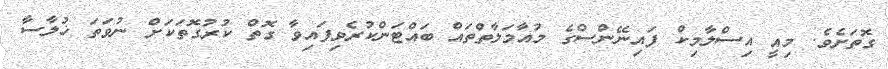
ގޮތަށެވެ. މިއީ އިސްލާމިކް ފައިނޭންސްގެ މުއާމަލާތްތައް ބައްޓަންކުރެވިފައިވާ ގޮތް ކުރުގޮތަކަށް ނުވަތަ ޚުލާސާ